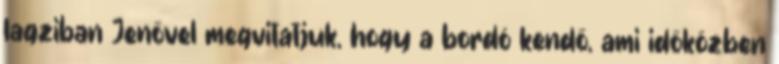
lagziban Jenővel megvitatjuk, hogy a bordó kendő, ami időközben